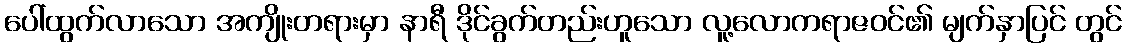
ပေါ်ထွက်လာသော အကျိုးတရားမှာ နာရီ ဒိုင်ခွက်တည်းဟူသော လူ့လောကရာဇဝင်၏ မျက်နှာပြင် တွင်